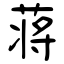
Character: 蒋